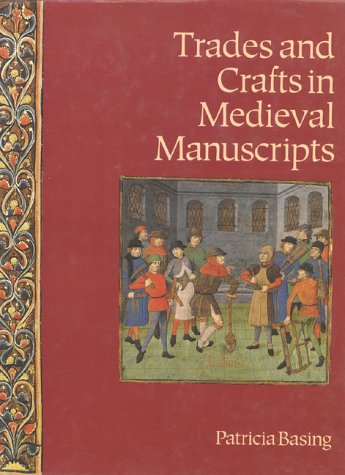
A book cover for Trades and Crafts in Medieval Manuscripts; Patricia Basing; Arts & Photography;